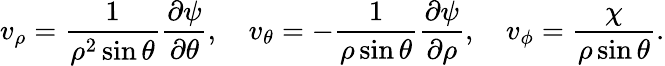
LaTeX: v_{\rho}=\frac{1}{\rho^{2}\sin{\theta}}\frac{\partial\psi}{\partial\theta},\quad v_{\theta}=-\frac{1}{\rho\sin{\theta}}\frac{\partial\psi}{\partial\rho},\quad v_{\phi}=\frac{\chi}{\rho\sin{\theta}}.